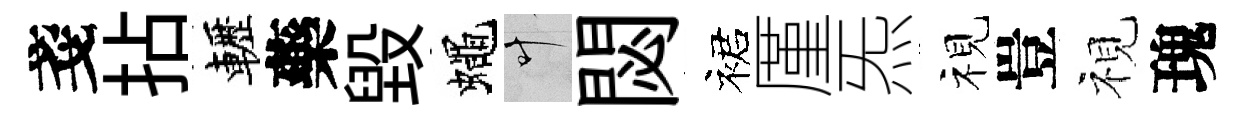
戔拈轣藥毁蠅叶閟裙厪炁视豈視瑰